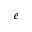
e